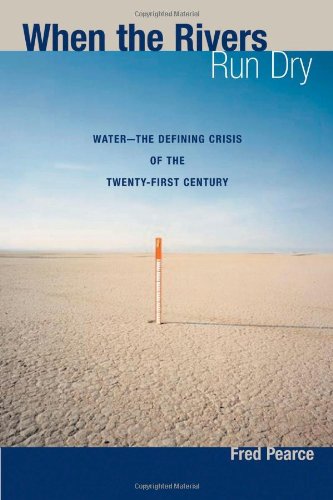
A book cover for When the Rivers Run Dry: Water--The Defining Crisis of the Twenty-first Century; Fred Pearce; Science & Math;